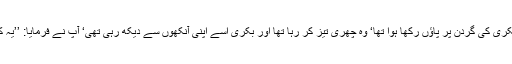
کہ رسول اللہﷺ کا گزر ایک ایسے شخص کے پاس سے ہوا جس نے بکری کی گردن پر پاؤں رکھا ہوا تھا‘ وہ چھری تیز کر رہا تھا اور بکری اسے اپنی آنکھوں سے دیکھ رہی تھی‘ آپ نے فرمایا: ’’یہ کام اس سے پہلے کیوں نہ کر لیا‘ کیا تو اسے دو دفعہ مارنا چاہتا ہے‘‘۔